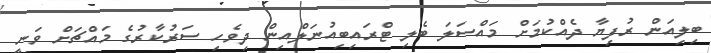
ބިލިއަން ރުފިޔާ ދެއްކުމަށް މައްސަލަ ބެލި ޓްރައިބިއުނަލްއިން ދިވެހި ސަރުކާރުގެ މައްޗަށް ވަނީ